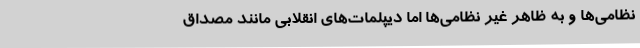
نظامی‌ها و به ظاهر غیر نظامی‌ها اما دیپلمات‌های انقلابی مانند مصداق